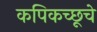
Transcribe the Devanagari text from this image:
कपिकच्छूचे